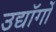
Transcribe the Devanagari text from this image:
उद्यॉगों